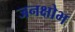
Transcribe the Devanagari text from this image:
जनक्षोभ